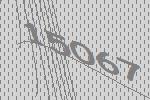
15067